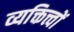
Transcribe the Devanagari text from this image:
व्यक्तित्त्वों